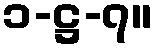
၁-ဋ္ဌ-၇။